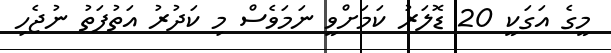
މީގެ އަގަކީ 20 ޑޮލަރު ކަމަށްވީ ނަމަވެސް މި ކަދުރު އަތުފަތު ނުޖެހި